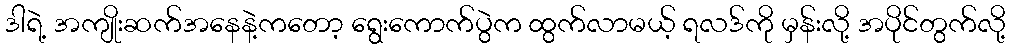
ဒါရဲ့ အကျိုးဆက်အနေနဲ့ကတော့ ရွေးကောက်ပွဲက ထွက်လာမယ့် ရလဒ်ကို မှန်းလို့ အပိုင်တွက်လို့